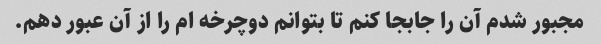
مجبور شدم آن را جابجا کنم تا بتوانم دوچرخه ام را از آن عبور دهم.